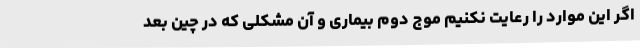
اگر این موارد را رعایت نکنیم موج دوم بیماری و آن مشکلی که در چین بعد